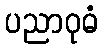
ပညာဝုဓံ